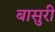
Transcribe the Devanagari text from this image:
बासुरी